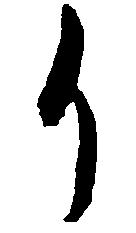
イ